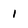
Character: I